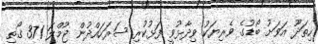
ހިތަދޫ އަވަށު ބޯޑުގެ ވެރިޔަކު ވިދާޅުވީ ފަޅުކުރި ސަރަހައްދުން ޖުމްލަ 371 ގޯތި